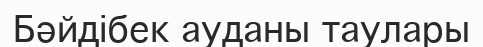
Бәйдібек ауданы таулары